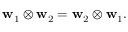
\begin{array} { r } { \mathbf { w } _ { 1 } \otimes \mathbf { w } _ { 2 } = \mathbf { w } _ { 2 } \otimes \mathbf { w } _ { 1 } . } \end{array}